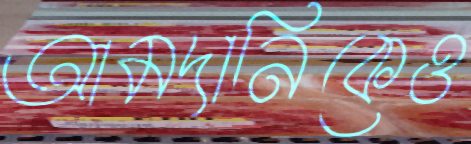
আমদানিকেও